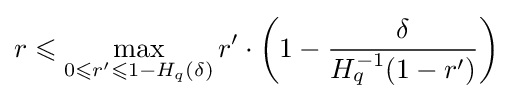
r\leqslant \max \limits _{0\leqslant r'\leqslant 1-H_{q}(\delta )}r'\cdot \left(1-{\delta  \over {H_{q}^{-1}(1-r')}}\right)